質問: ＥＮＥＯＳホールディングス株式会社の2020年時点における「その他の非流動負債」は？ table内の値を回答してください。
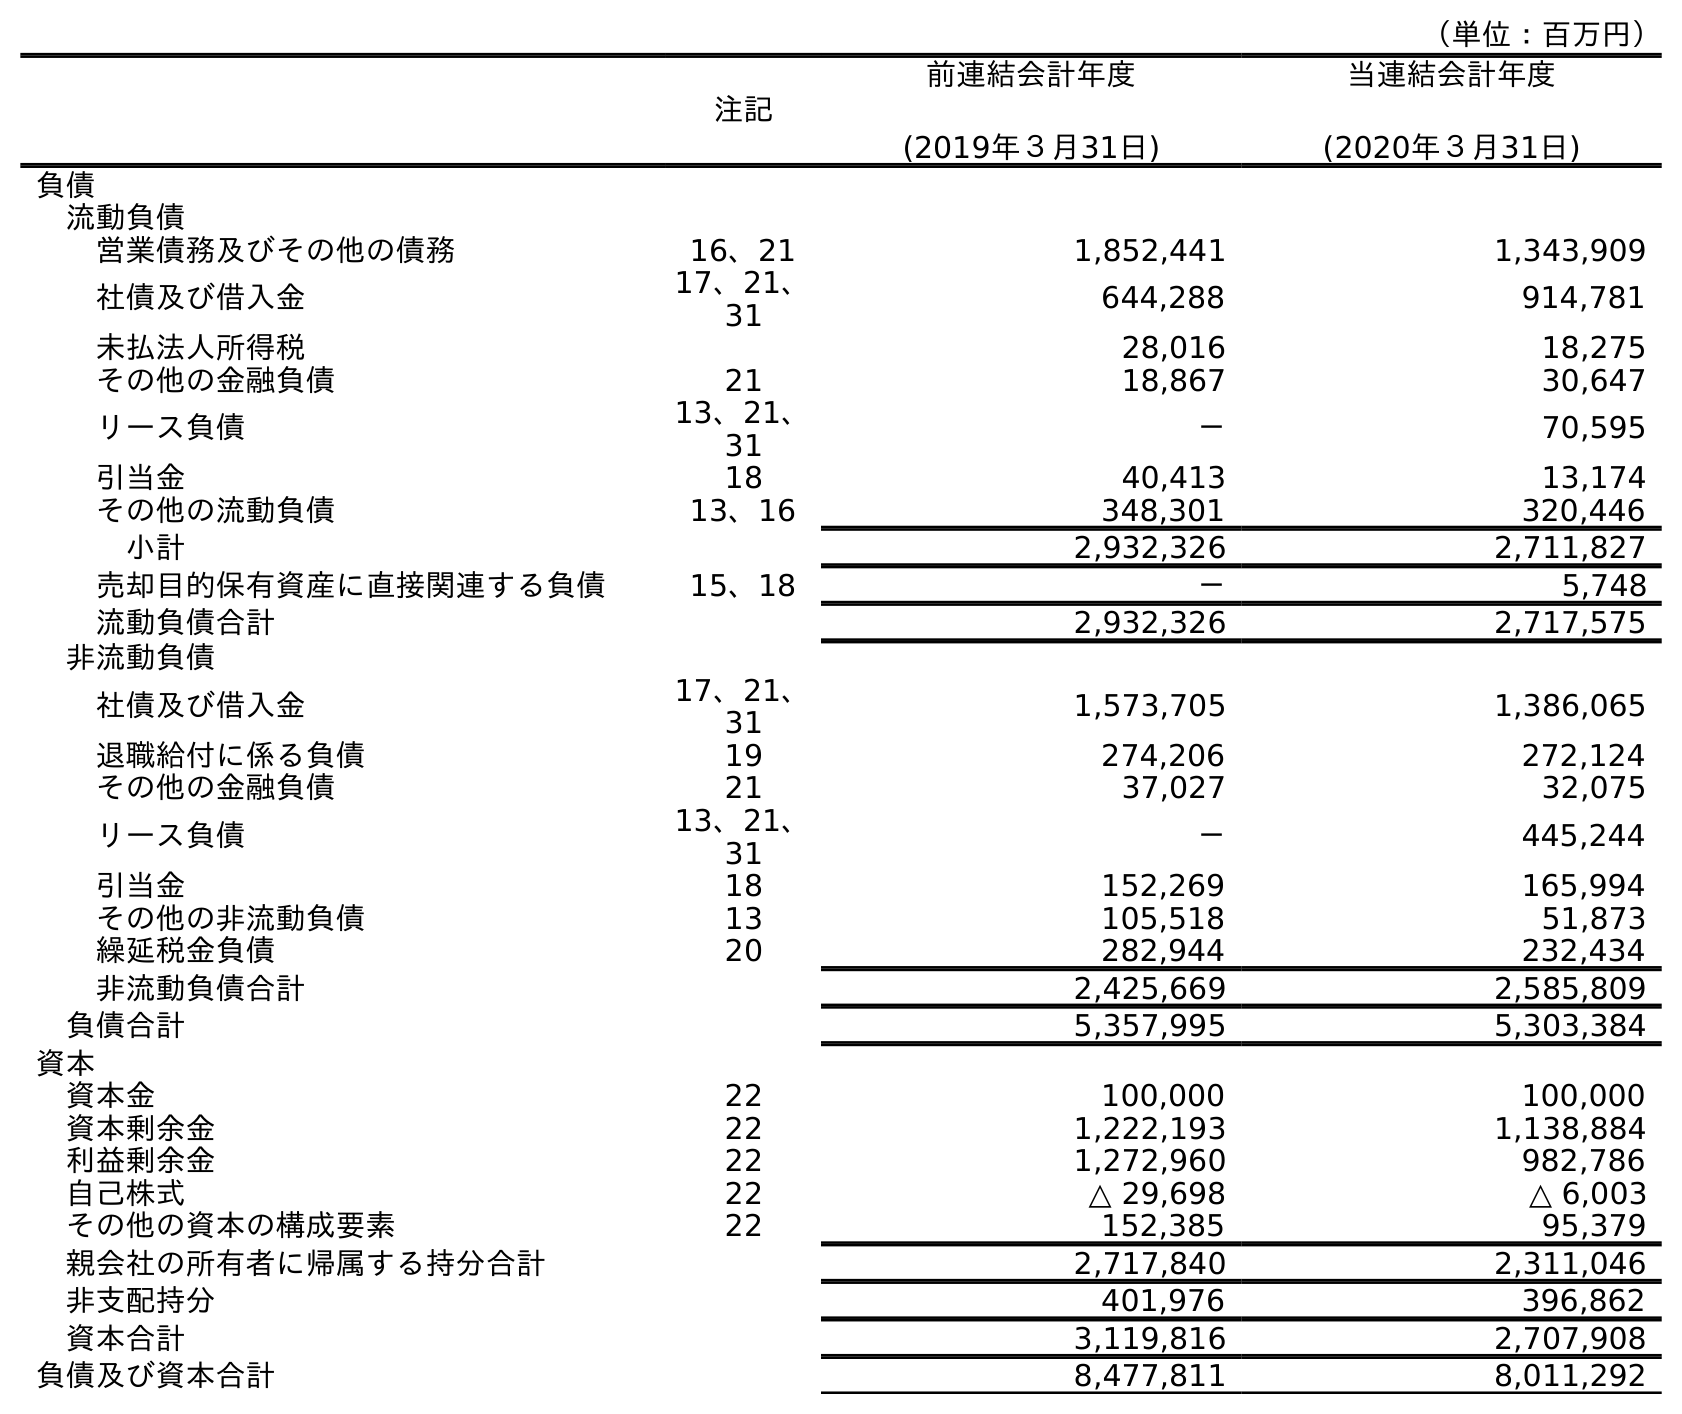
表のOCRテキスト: （単位：百万円） 注記 前連結会計年度 (2019年３月31日) 当連結会計年度 (2020年３月31日) 負債 流動負債 営業債務及びその他の債務 16、21 1,852,441 1,343,909 社債及び借入金 17、21、 31 644,288 914,781 未払法人所得税 28,016 18,275 その他の金融負債 21 18,867 30,647 リース負債 13、21、 31 － 70,595 引当金 18 40,413 13,174 その他の流動負債 13、16 348,301 320,446 小計 2,932,326 2,711,827 売却目的保有資産に直接関連する負債 15、18 － 5,748 流動負債合計 2,932,326 2,717,575 非流動負債 社債及び借入金 17、21、 31 1,573,705 1,386,065 退職給付に係る負債 19 274,206 272,124 その他の金融負債 21 37,027 32,075 リース負債 13、21、 31 － 445,244 引当金 18 152,269 165,994 その他の非流動負債 13 105,518 51,873 繰延税金負債 20 282,944 232,434 非流動負債合計 2,425,669 2,585,809 負債合計 5,357,995 5,303,384 資本 資本金 22 100,000 100,000 資本剰余金 22 1,222,193 1,138,884 利益剰余金 22 1,272,960 982,786 自己株式 22 △ 29,698 △ 6,003 その他の資本の構成要素 22 152,385 95,379 親会社の所有者に帰属する持分合計 2,717,840 2,311,046 非支配持分 401,976 396,862 資本合計 3,119,816 2,707,908 負債及び資本合計 8,477,811 8,011,292
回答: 51,873